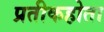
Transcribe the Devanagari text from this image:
प्रतीकहोता